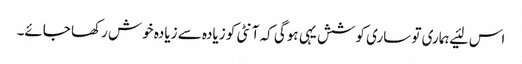
اس لئیے ہماری تو ساری کوشش یہی ہوگی کہ آنٹی کو زیادہ سے زیادہ خوش رکھا جائے۔